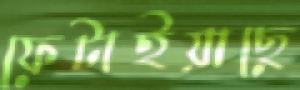
ফেটাইয়াছে